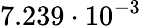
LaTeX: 7.239\cdot 10^{-3}